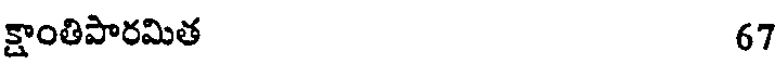
క్షాంతిపారమిత 67